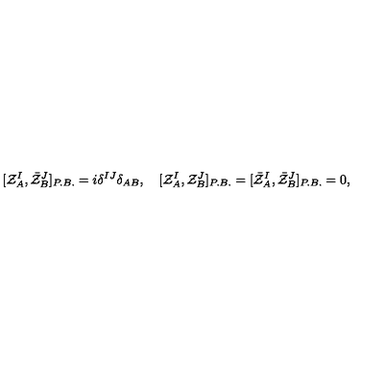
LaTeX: [ { \cal Z } _ { A } ^ { I } , \bar { \cal Z } _ { B } ^ { J } ] _ { P . B . } = i \delta ^ { I J } \delta _ { A B } , \quad [ { \cal Z } _ { A } ^ { I } , { \cal Z } _ { B } ^ { J } ] _ { P . B . } = [ \bar { \cal Z } _ { A } ^ { I } , \bar { \cal Z } _ { B } ^ { J } ] _ { P . B . } = 0 ,